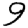
Digit: 9